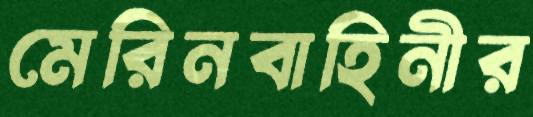
মেরিনবাহিনীর